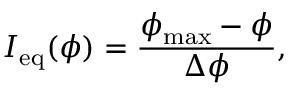
I _ { \mathrm { e q } } ( \phi ) = \frac { \phi _ { \mathrm { m a x } } - \phi } { \Delta \phi } ,